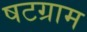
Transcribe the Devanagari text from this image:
षटग्राम